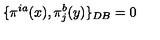
\{ \pi ^ { i a } ( x ) , \pi _ { j } ^ { b } ( y ) \} _ { D B } = 0 \nonumber